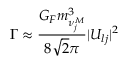
\Gamma \approx \frac { G _ { F } m _ { \nu _ { j } ^ { M } } ^ { 3 } } { 8 \sqrt { 2 } \pi } | U _ { l j } | ^ { 2 }